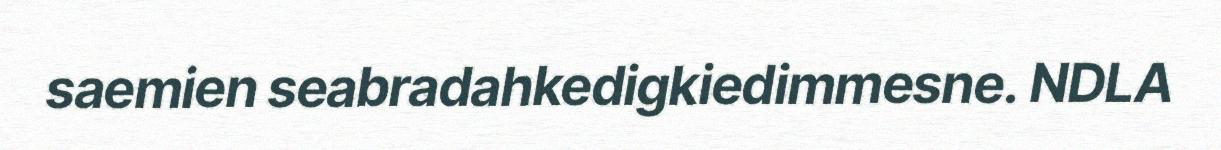
saemien seabradahkedigkiedimmesne. NDLA